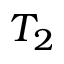
T _ { 2 }